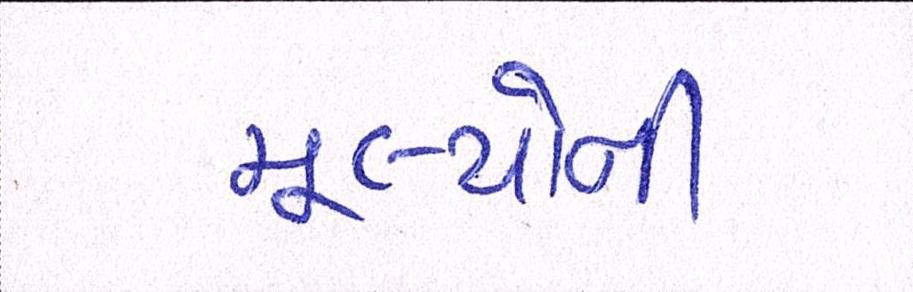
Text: મૂલ્યોની